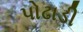
પોઢાડી